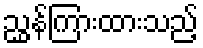
ညွှန်ကြားထားသည့်